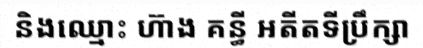
និងឈ្មោះ ហ៊ាង គន្ធី អតីតទីប្រឹក្សា